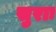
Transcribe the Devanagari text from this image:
सुराः